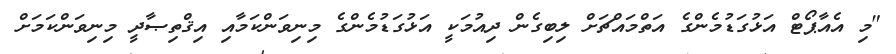
"މި އެއާޕޯޓް އަޅުގަޑުމެންގެ އަތްމައްޗަށް ލިބިގެން ދިއުމަކީ އަޅުގަޑުމެންގެ މިނިވަންކަމާއި އިޤްތިޞާދީ މިނިވަންކަމަށް